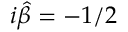
i \hat { \beta } = - 1 / 2